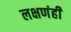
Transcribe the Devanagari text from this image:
लक्षणंही